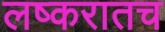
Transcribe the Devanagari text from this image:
लष्करातच